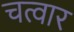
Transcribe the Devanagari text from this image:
चत्वार